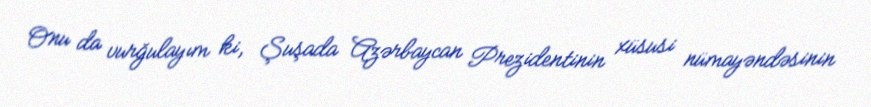
Onu da vurğulayım ki, Şuşada Azərbaycan Prezidentinin xüsusi nümayəndəsinin